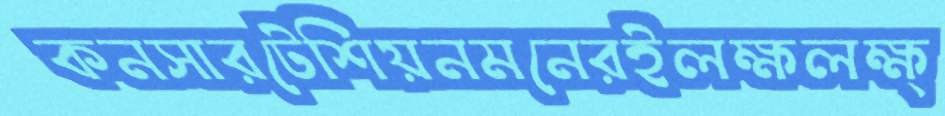
কনসারটেশিয়নমনেরইলক্ষলক্ষ্